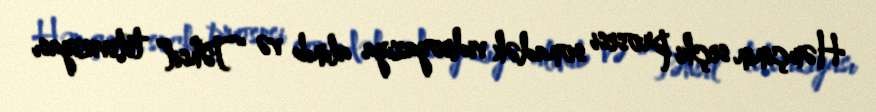
Həmçinin seçki prosesi sonadək videoyazıya alınıb və “Təhsil” televiziyası